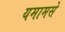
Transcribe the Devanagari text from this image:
यमामसे